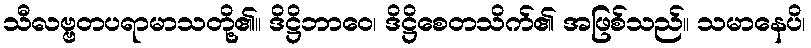
သီလဗ္ဗတပရာမာသတို့၏။ ဒိဋ္ဌိဘာဝေ၊ ဒိဋ္ဌိစေတသိက်၏ အဖြစ်သည်။ သမာနေပိ၊